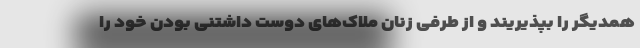
همدیگر را بپذیریند و از طرفی زنان ملاک‌های دوست داشتنی بودن خود را